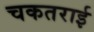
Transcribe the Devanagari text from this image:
चकतराई